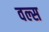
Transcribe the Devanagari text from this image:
वल्स